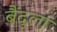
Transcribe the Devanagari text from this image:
बैंदुला